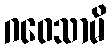
ဂဝေသာမိ